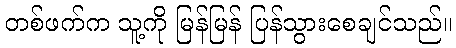
တစ်ဖက်က သူ့ကို မြန်မြန် ပြန်သွားစေချင်သည်။